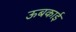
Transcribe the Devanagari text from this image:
ऊबकाई